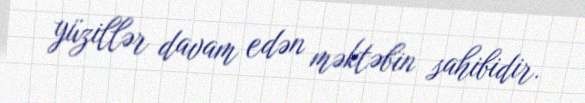
yüzillər davam edən məktəbin sahibidir.